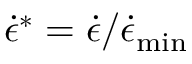
\dot { \epsilon } ^ { * } = \dot { \epsilon } / \dot { \epsilon } _ { \operatorname* { m i n } }